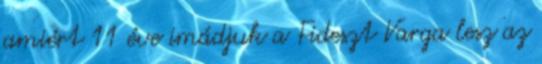
amiért 11 éve imádjuk a Fideszt Varga lesz az